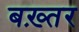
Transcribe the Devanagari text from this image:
बख़्तर